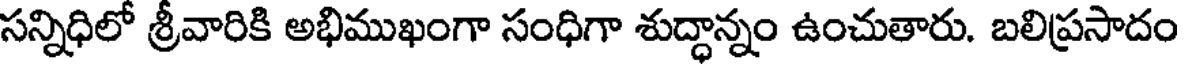
సన్నిధిలో శ్రీవారికి అభిముఖంగా సంధిగా శుద్ధాన్నం ఉంచుతారు. బలిప్రసాదం